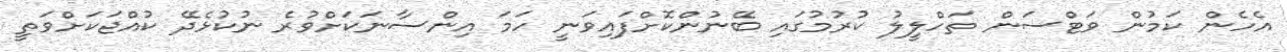
އެހެން ކަމުން ވަޓްސަން ތަހްލީލު ކުރުމުގައި ބޭނުންކޮށްފައިވަނީ ހަމަ އިންސާނަކަށްވުރެ ނުކުޅެދޭ ކުއްޖަކަށްވަތީ